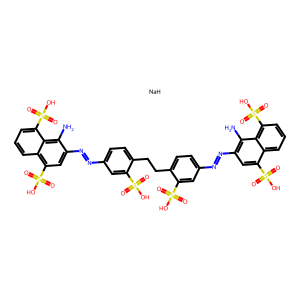
SMILES: Nc1c(N=Nc2ccc(CCc3ccc(N=Nc4cc(S(=O)(=O)O)c5cccc(S(=O)(=O)O)c5c4N)cc3S(=O)(=O)O)c(S(=O)(=O)O)c2)cc(S(=O)(=O)O)c2cccc(S(=O)(=O)O)c12.[NaH]
Inhibits HIV replication: Yes